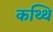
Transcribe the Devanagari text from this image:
कथ्थि